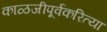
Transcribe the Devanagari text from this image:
काळजीपूर्वकरित्या